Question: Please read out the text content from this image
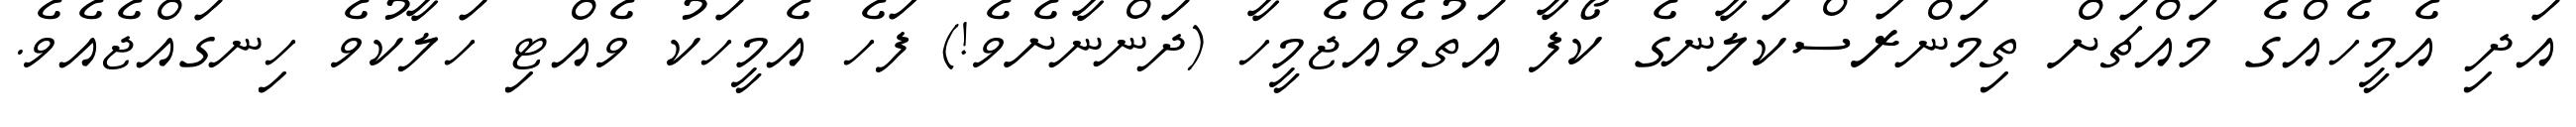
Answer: އަދި އެމީހެއްގެ މައްޗަށް ތިމަންރަސްކަލާނގެ ކޯފާ އަތުވެއްޖެމީހާ (ދަންނާށެވެ!) ފަހެ އެމީހަކު ވެއްޓި ހަލާކުވެ ހިނގައްޖެއެވެ.